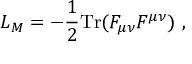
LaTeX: L _ { M } = - \frac { 1 } { 2 } \mathrm { T r } ( F _ { \mu \nu } F ^ { \mu \nu } ) \ ,